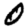
Digit: 0